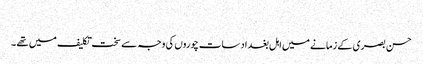
​
حسن بصری کے زمانے میں اہل بغداد سات چوروں کی وجہ سے سخت تکلیف میں تھے ۔